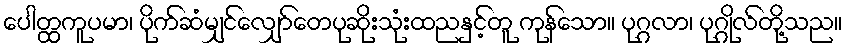
ပေါတ္ထကူပမာ၊ ပိုက်ဆံမျှင်လျှော်တေပုဆိုးသုံးထညနှင့်တူ ကုန်သော။ ပုဂ္ဂလာ၊ ပုဂ္ဂိုလ်တို့သည။